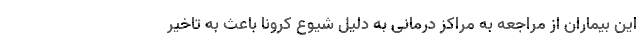
این بیماران از مراجعه به مراکز درمانی به دلیل شیوع کرونا باعث به تاخیر